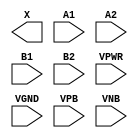
module sky130_fd_sc_hvl__o22a (
    X   ,
    A1  ,
    A2  ,
    B1  ,
    B2  ,
    VPWR,
    VGND,
    VPB ,
    VNB
);

    output X   ;
    input  A1  ;
    input  A2  ;
    input  B1  ;
    input  B2  ;
    input  VPWR;
    input  VGND;
    input  VPB ;
    input  VNB ;
endmodule